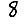
Digit: 8